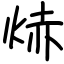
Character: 焃